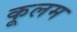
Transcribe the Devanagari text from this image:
कूलम